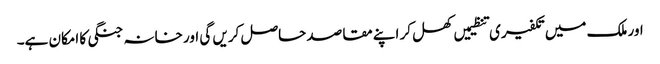
اور ملک میں تکفیری تنظیمیں کھل کر اپنے مقاصد حاصل کریں گی اور خانہ جنگی کا امکان ہے۔